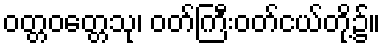
ဝတ္တဝတ္တေသု၊ ဝတ်ကြီးဝတ်ငယ်တို့၌။